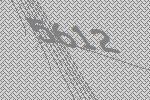
5612